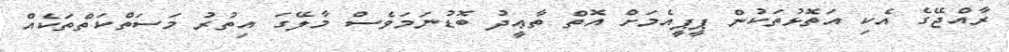
ރާއްޖޭގެ އެކި އަތޮޅުތަކުން ޕީޕީއެމަށް އޮތް ތާޢީދު ބޮޑުނަމަވެސް މާލޭގަ އިތުރު މަސަތްކަތްތަކެއް